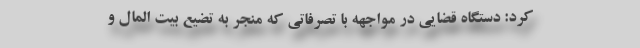
کرد: دستگاه قضایی در مواجهه با تصرفاتی که منجر به تضیع بیت المال و